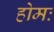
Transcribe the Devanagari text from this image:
होमः